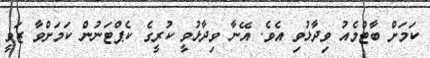
ކަމަށް ބާޓްމެއު ވިދާޅުވި އެވެ. އޭނާ ވިދާޅުވީ ކުރީގެ ކެޕްޓަނުން ކަމަށްވާ ޒަވީ